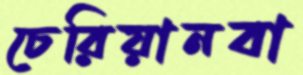
চেরিয়ানবা